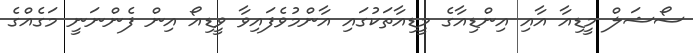
ސޯޝަލް މީޑިއާ އާއި އިންޑިއާގެ މީޑިއާތަކުގައި އާންމުވެފައިވާ ވީޑިއޯ އިން ފެންނަނީ މަގެއްގެ